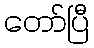
တော်ပြီ